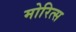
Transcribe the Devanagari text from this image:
मोरित्स